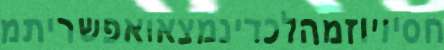
חסיויוזמהלכדינמצאואפשריתמ